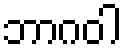
ဘာဂဝါ